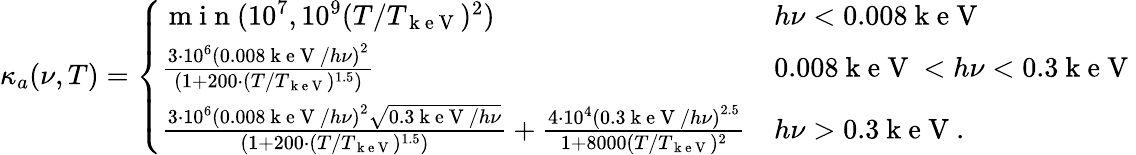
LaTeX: \kappa_{a}(\nu,T)=\left\{ \begin{array}{ll}{\mathrm{~m~i~n~}(10^{7},10^{9}(T/T_{\mathrm{~k~e~V~}})^{2})}&{h\nu<0.008\mathrm{~k~e~V~}}\\ {\frac{3\cdot 10^{6}\left(0.008\mathrm{~k~e~V~}/h\nu\right)^{2}}{(1+200\cdot(T/T_{\mathrm{~k~e~V~}})^{1.5})}}&{0.008\mathrm{~k~e~V~}<h\nu<0.3\mathrm{~k~e~V~}}\\ {\frac{3\cdot 10^{6}\left(0.008\mathrm{~k~e~V~}/h\nu\right)^{2}\sqrt{0.3\mathrm{~k~e~V~}/h\nu}}{(1+200\cdot(T/T_{\mathrm{~k~e~V~}})^{1.5})}+\frac{4\cdot 10^{4}\left(0.3\mathrm{~k~e~V~}/h\nu\right)^{2.5}}{1+8000(T/T_{\mathrm{~k~e~V~}})^{2}}}&{h\nu>0.3\mathrm{~k~e~V~}.}\end{array}\right.